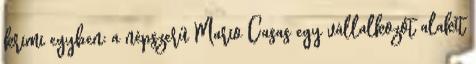
krimi egyben: a népszerű Mario Casas egy vállalkozót alakít